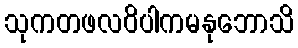
သုကတဖလဝိပါကမနုဘောသိ